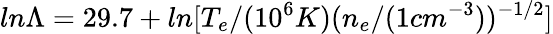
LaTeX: ln\Lambda=29.7+ln[T_{e}/(10^{6}K)(n_{e}/(1cm^{-3}))^{-1/2}]